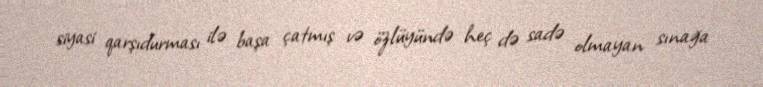
siyasi qarşıdurması ilə başa çatmış və özlüyündə heç də sadə olmayan sınağa